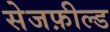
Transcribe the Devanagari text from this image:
सेजफ़ील्ड